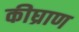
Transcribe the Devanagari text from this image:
कीघ्राण